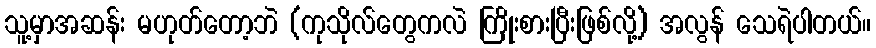
သူ့မှာအဆန်း မဟုတ်တော့ဘဲ (ကုသိုလ်တွေကလဲ ကြိုးစားပြီးဖြစ်လို့) အလွန် သေရဲပါတယ်။